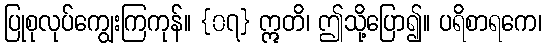
ပြုစုလုပ်ကျွေးကြကုန်။ {၀၇} ဣတိ၊ ဤသို့ပြော၍။ ပရိစာရကေ၊